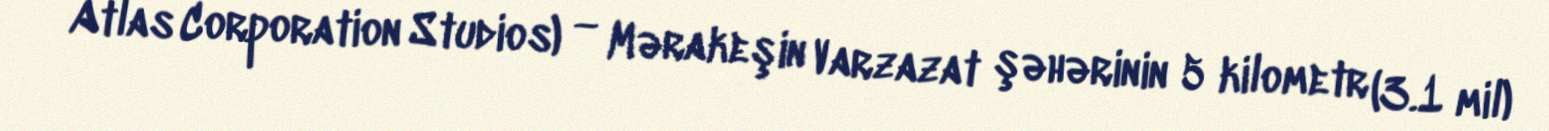
Atlas Corporation Studios) — Mərakeşin Varzazat şəhərinin 5 kilometr (3.1 mil)